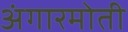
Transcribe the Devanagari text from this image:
अंगारमोती